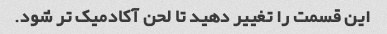
این قسمت را تغییر دهید تا لحن آکادمیک تر شود.